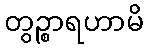
တွဉ္စာရဟာမိ